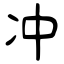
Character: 冲